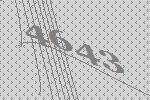
4643